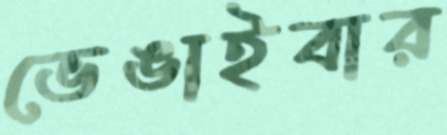
ভেঙাইবার